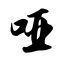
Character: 哑